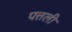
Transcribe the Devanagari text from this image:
पत्तली